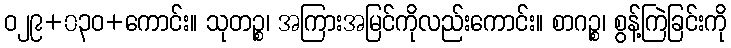
ဝ၂၉+၀၃ဝ+ကောင်း။ သုတဉ္စ၊ အကြားအမြင်ကိုလည်းကောင်း။ စာဂဉ္စ၊ စွန့်ကြဲခြင်းကို